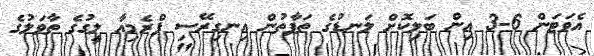
އެވަޓަން 6-3 އިން ބަލިކޮށް ލަނޑުގެ ތަފާތުން އިނގިރޭސި ޕްރެމިއާ ލީގުގެ ތާވަލުގެ